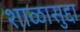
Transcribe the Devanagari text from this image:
शाळासुद्दा